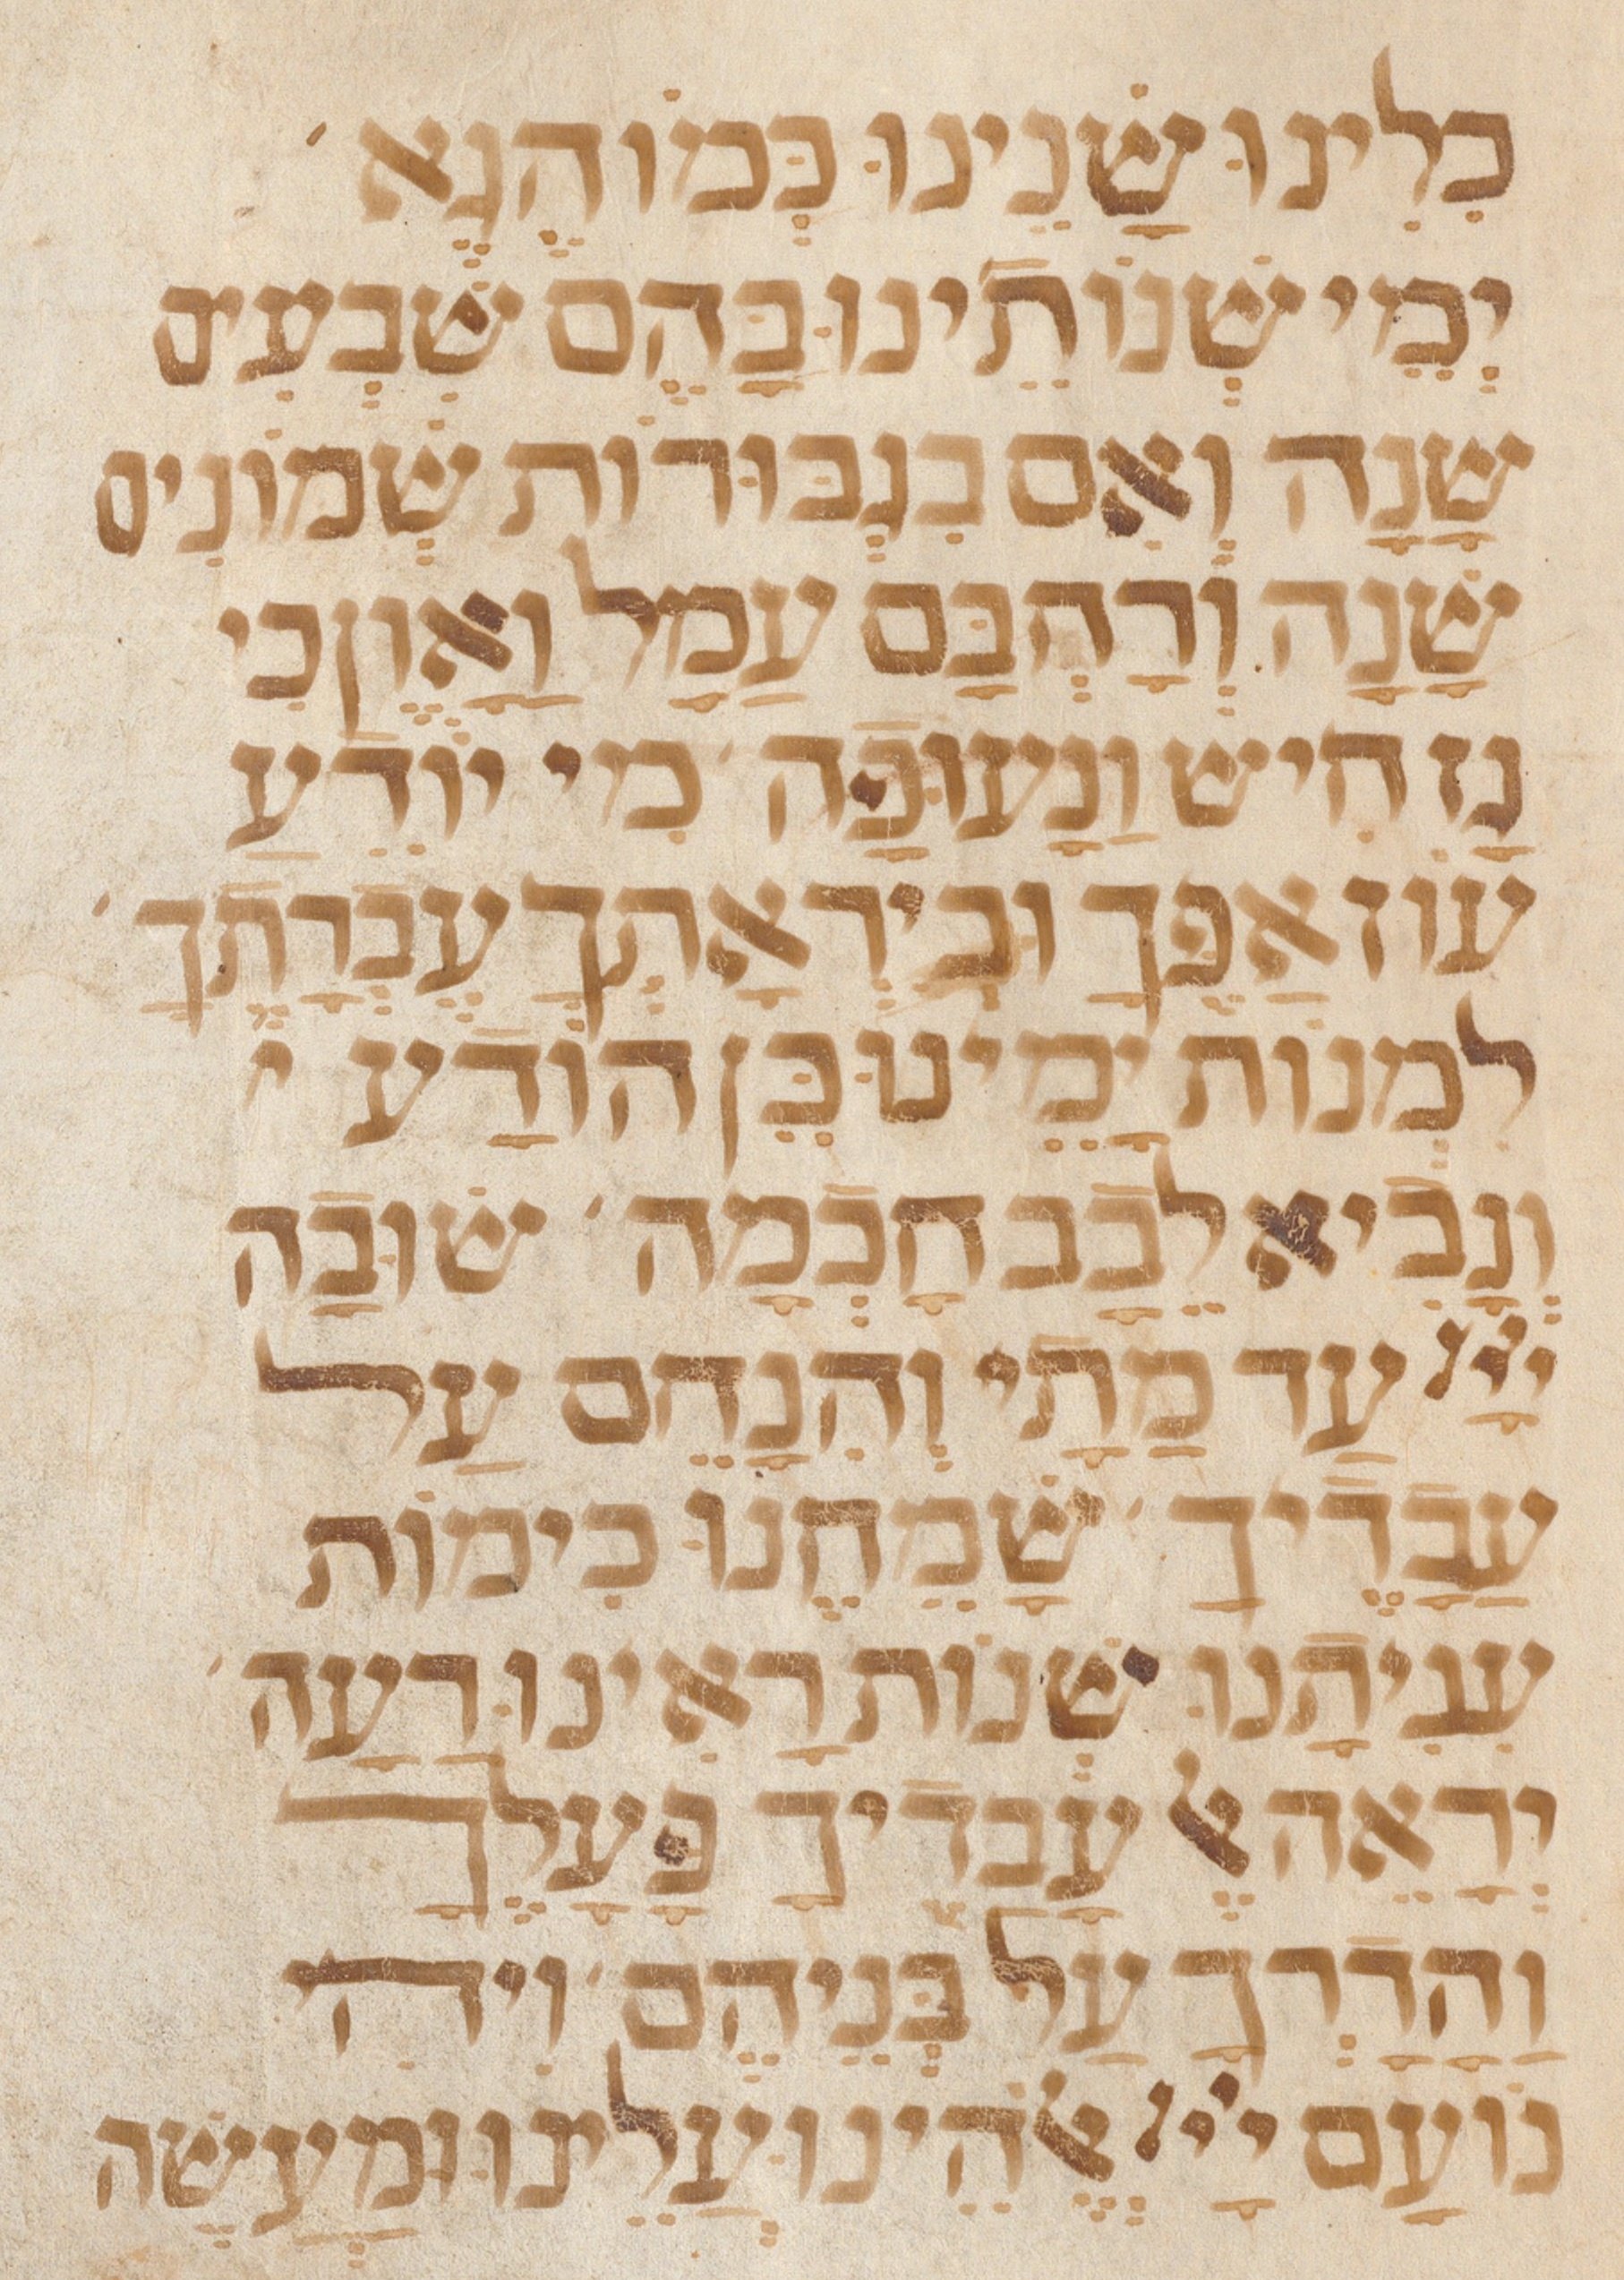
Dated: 1300–1399